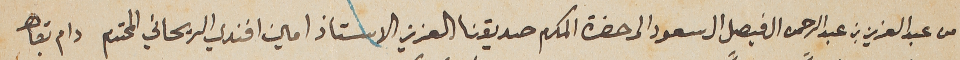
من عبد العزيز بن عبد الرحمن ال فيصل ال سعود الى حضرة المكرم صديقنا العزيز الاستاذ امين افندي الريحاني المحترم دام بقاه